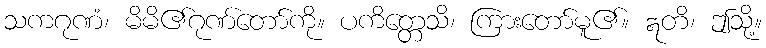
သကဂုဏံ၊ မိမိ၏ဂုဏ်တော်ကို။ ပကိတ္တေသိ၊ ကြားတော်မူ၏။ ဣတိ၊ ဤသို့။